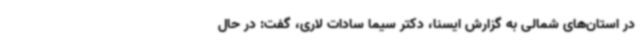
در استان‌های شمالی به گزارش ایسنا، دکتر سیما سادات لاری، گفت: در حال